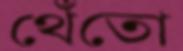
থেঁতো